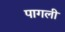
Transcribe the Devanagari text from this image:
पागली